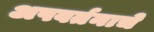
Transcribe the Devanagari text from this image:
अपवर्तनाचे